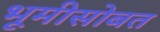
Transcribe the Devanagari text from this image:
भूमीसोबत